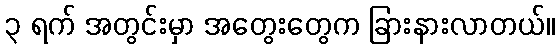
၃ ရက် အတွင်းမှာ အတွေးတွေက ခြားနားလာတယ်။